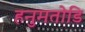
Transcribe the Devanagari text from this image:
हनुमतोडि